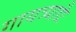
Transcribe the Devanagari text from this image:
गायत्र्याद्यैः